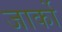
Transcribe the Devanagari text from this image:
जार्को